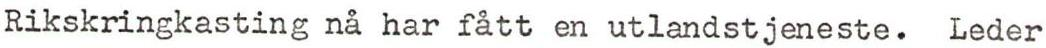
Rikskringkasting nå har fått en utlandstjeneste. Leder